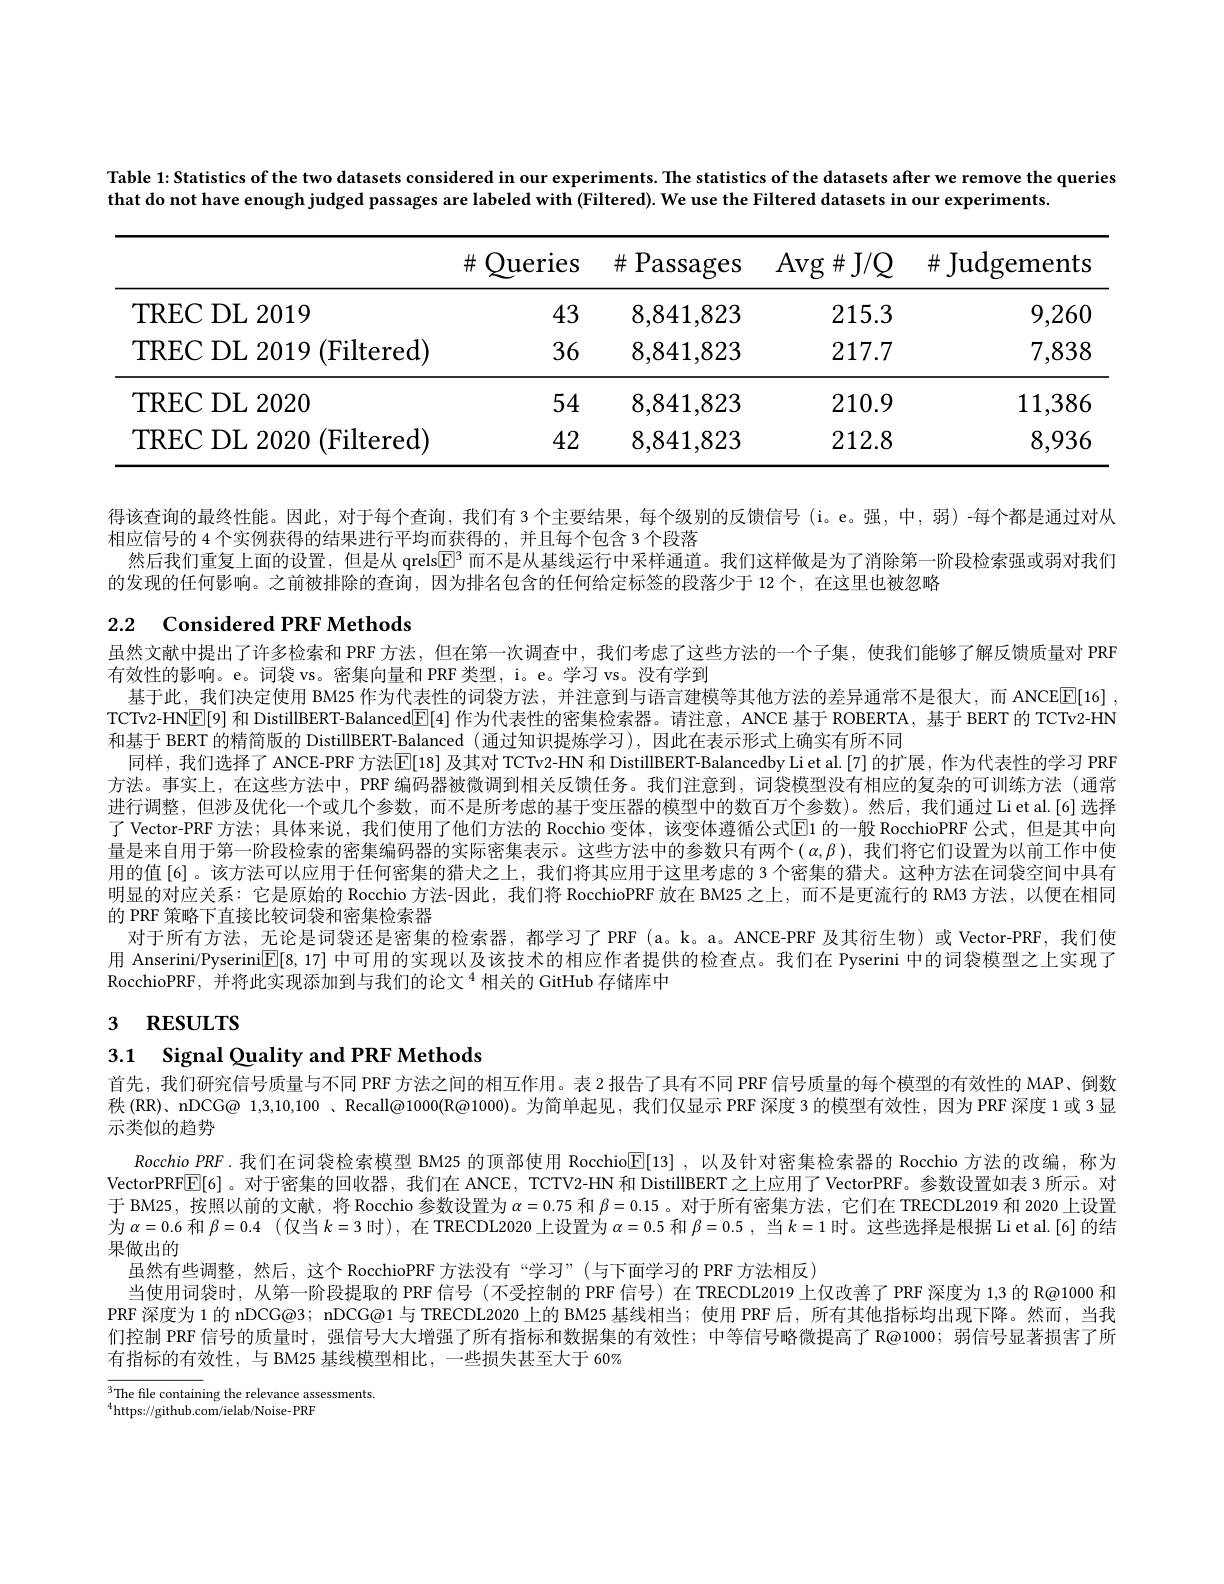
Table 1: Statistics of the two datasets considered in our experiments. The statistics of the datasets after we remove the queries
that do not have enough judged passages are labeled with (Filtered). We use the Filtered datasets in our experiments

<table>
	<tbody>
		<tr>
			<th> </th>
			<th>Queries $\#$</th>
			<th>Passages $\#.$</th>
			<th>$\operatorname{Avg}\#\operatorname{J/Q}$</th>
			<th>$\operatorname{Judgements}$ $\#$</th>
		</tr>
		<tr>
			<td>TREC DL 2019</td>
			<td>43</td>
			<td>8,841,823</td>
			<td>215.3</td>
			<td>9,260</td>
		</tr>
		<tr>
			<td>TREC DL 2019 (Filtered)</td>
			<td>36</td>
			<td>8,841,823</td>
			<td>217.7</td>
			<td>7,838</td>
		</tr>
		<tr>
			<td>TREC DL 2020</td>
			<td>54</td>
			<td>8,841,823</td>
			<td>210.9</td>
			<td>11,386</td>
		</tr>
		<tr>
			<td>TREC DL 2020 (Filtered)</td>
			<td>42</td>
			<td>8,841,823</td>
			<td>212.8</td>
			<td>8,936</td>
		</tr>
	</tbody>
</table>

# 2.2 Considered PRF Methods

得该查询的最终性能。因此，对于每个查询，我们有 3个主要结果，每个级别的反馈信号 (i。e。强，中，弱)-每个都是通过对从
相应信号的 4 个实例获得的结果进行平均而获得的 , 并且每个包含 3 个段落
然后我们重复上面的设置，但是从 qrels$\mathbb{E}^3$而不是从基线运行中采样通道。我们这样做是为了消除第一阶段检索强或弱对我们
的发现的任何影响。之前被排除的查询，因为排名包含的任何给定标签的段落少于 12个，在这里也被忽略
虽然文献中提出了许多检索和 PRF 方法，但在第一次调查中，我们考虑了这些方法的一个子集，使我们能够了解反馈质量对 PRF
有效性的影响。e。词袋 vs。密集向量和 PRF类型，i。e。学习 vs。没有学到
基于此，我们决定使用 BM25 作为代表性的词袋方法，并注意到与语言建模等其他方法的差异通常不是很大，而 ANCEE[16] , TCTv2-HN[E] 和 DistillBERT-Balanced[$\underline{E}[4]$作为代表性的密集检索器。请注意，ANCE 基于 ROBERTA, 基于 BERT 的 TCTv2-HN 和基于 BERT 的精简版的 DistillBERT-Balanced (通过知识提炼学习),因此在表示形式上确实有所不同
同样，我们选择了ANCE-PRF 方法$\mathbb{E}[18]$ 及其对 TCTv2-HN 和 DistillBERT-Balancedby Li et al.[7] 的扩展，作为代表性的学习 PRF 方法。事实上，在这些方法中，PRF 编码器被微调到相关反馈任务。我们注意到，词袋模型没有相应的复杂的可训练方法(通常进行调整，但涉及优化一个或几个参数，而不是所考虑的基于变压器的模型中的数百万个参数)。然后，我们通过Lietal.[6]选择了 Vector-PRF 方法；具体来说，我们使用了他们方法的 Rocchio 变体，该变体遵循公式E1 的一般 RocchioPRF 公式，但是其中向量是来自用于第一阶段检索的密集编码器的实际密集表示。这些方法中的参数只有两个$(\alpha,\beta)$, 我们将它们设置为以前工作中使用的值[6]。该方法可以应用于任何密集的猎犬之上，我们将其应用于这里考虑的 3 个密集的猎犬。这种方法在词袋空间中具有明显的对应关系：它是原始的 Rocchio 方法-因此，我们将 RocchioPRF 放在 BM25 之上，而不是更流行的 RM3 方法，以便在相同的 PRF 策略下直接比较词袋和密集检索器
对于所有方法，无论是词袋还是密集的检索器，都学习了PRF(a。k。a。ANCE-PRF及其衍生物)或 Vector-PRF,我们使用 Anserini/Pyserinil$\mathbb{E}[8,17]$中可用的实现以及该技术的相应作者提供的检查点。我们在 Pyserini 中的词袋模型之上实现了RocchioPRF,并将此实现添加到与我们的论文$^{4}$相关的 GitHub 存储库中
3 RESULTS

3.1 Signal Quality and PRF Methods

首先，我们研究信号质量与不同 PRF 方法之间的相互作用。表2 报告了具有不同 PRF 信号质量的每个模型的有效性的 MAP、倒数秩(RR)、nDCG@ 1,3,10,100、Recall@1000(R@1000)。为简单起见，我们仅显示 PRF 深度 3 的模型有效性，因为 PRF 深度 1 或 3 显示类似的趋势
Rocchio\_PRF.我们在词袋检索模型 BM25 的顶部使用 Rocchio$\overline{\mathbb{E}}[13]$ ,以及针对密集检索器的 Rocchio 方法的改编，称为VectorPRFE[6]。对于密集的回收器，我们在 ANCE, TCTV2-HN 和 DistillBERT 之上应用了VectorPRF。参数设置如表 3 所示。对于 BM25, 按照以前的文献，将 Rocchio 参数设置为$\alpha=0.75$和$\beta=0.15$ 。对于所有密集方法，它们在 TRECDL2019 和 2020 上设置为$\alpha=0.6$和$\beta = 0. 4$ $( 仅 当 k= 3$时),在 TRECDL2020 上设置为$\alpha=0.5$和$\beta = 0. 5$ , 当$k=1$时。这些选择是根据 Liet al.{6}的结果做出的
虽然有些调整，然后，这个 RocchioPRF 方法没有“学习”(与下面学习的 PRF 方法相反)
当使用词袋时，从第一阶段提取的 PRF 信号 (不受控制的 PRF 信号)在 TRECDL2019 上仅改善了PRF 深度为 1,3 的 R@1000 和PRF 深度为 1 的 nDCG@3; nDCG@1 与 TRECDL2020 上的 BM25 基线相当；使用 PRF 后，所有其他指标均出现下降。然而，当我们控制 PRF 信号的质量时，强信号大大增强了所有指标和数据集的有效性；中等信号略微提高了R@1000;弱信号显著损害了所有指标的有效性，与 BM25 基线模型相比，一些损失甚至大于 60%

$^{3}$The fle containing the relevance assessments.
$^{4}$https://github.com/ielab/Noise-PRF